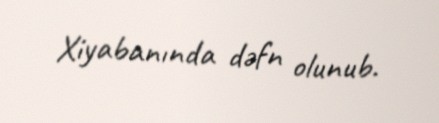
Xiyabanında dəfn olunub.